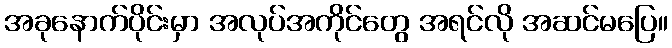
အခုနောက်ပိုင်းမှာ အလုပ်အကိုင်တွေ အရင်လို အဆင်မပြေ။